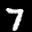
Label: 7